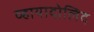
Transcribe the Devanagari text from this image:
व्हायादोलिद